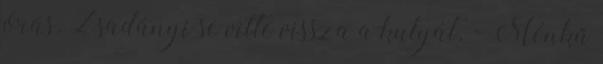
órás. Zsadányi se vitte vissza a kutyát. - Ménkű